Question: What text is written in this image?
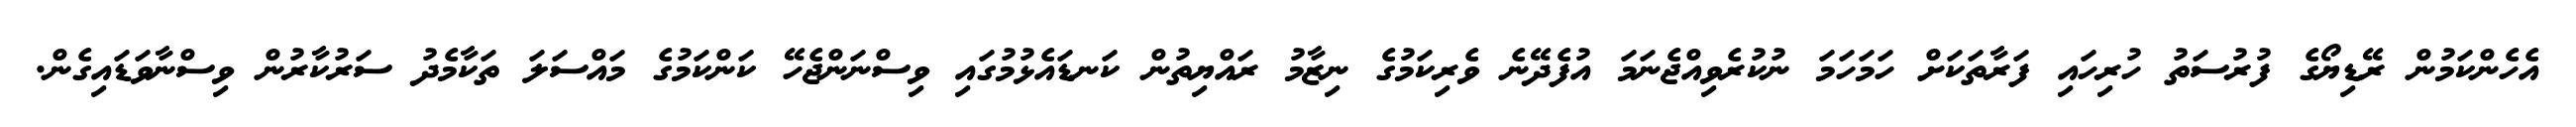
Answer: އެހެންކަމުން ރޭޑިޔޯގެ ފުރުސަތު ހުރިހައި ފަރާތަކަށް ހަމަހަމަ ނުކުރެވިއްޖެނަމަ އުފެދޭނެ ވެރިކަމުގެ ނިޒާމު ރައްޔިތުން ކަނޑައެޅުމުގައި ވިސްނަންޖެހޭ ކަންކަމުގެ މައްސަލަ ތަކާމެދު ސަރުކާރުން ވިސްނާވަޑައިގެން.